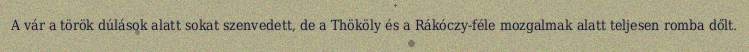
A vár a török dúlások alatt sokat szenvedett, de a Thököly és a Rákóczy-féle mozgalmak alatt teljesen romba dőlt.